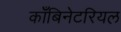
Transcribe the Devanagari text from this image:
काँबिनेटरियल